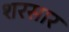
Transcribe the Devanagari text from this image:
शरसार